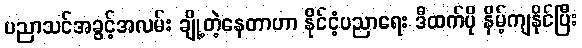
ပညာသင်အခွင့်အလမ်း ချို့တဲ့နေတာဟာ နိုင်ငံ့ပညာရေး ဒီထက်ပို နိမ့်ကျနိုင်ပြီး